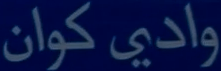
وادي كوان